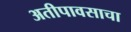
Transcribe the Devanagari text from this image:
अतीपावसाचा